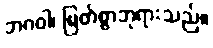
ဘဂဝါ၊ မြတ်စွာဘုရားသည်။